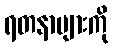
ရတနာများကို